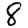
Digit: 8